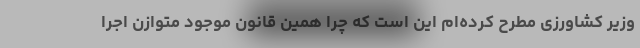
وزیر کشاورزی مطرح کرده‌ام این است که چرا همین قانون موجود متوازن اجرا